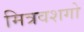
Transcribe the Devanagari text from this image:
मित्रवशगो